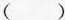
( )